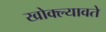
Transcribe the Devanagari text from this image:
खोक्ल्यावते